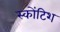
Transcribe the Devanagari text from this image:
स्कोंटिश